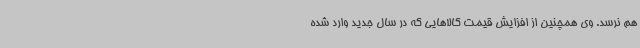
هم نرسد. وی همچنین از افزایش قیمت کالاهایی که در سال جدید وارد شده